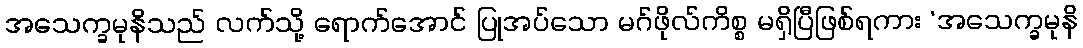
အသေက္ခမုနိသည် လက်သို့ ရောက်အောင် ပြုအပ်သော မဂ်ဖိုလ်ကိစ္စ မရှိပြီဖြစ်ရကား ‘အသေက္ခမုနိ